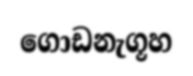
ගොඩනැගූහ